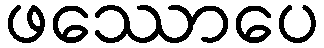
ဖဿောပေ